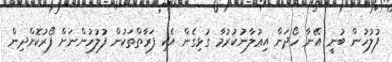
ފުލުހުން ބުނީ އޭނާ ހޯދަން އިޢުލާނުކުރުމާ ގުޅިގެން އެކި ފަރާތްތަކުން ފުލުހުންނަށް ފޯރުކޮށްދިން